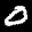
Label: 0